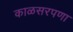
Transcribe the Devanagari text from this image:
काळसरपणा